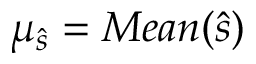
\mu _ { \hat { s } } = M e a n ( \hat { s } )